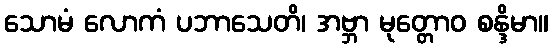
သောမံ လောကံ ပဘာသေတိ၊ အဗ္ဘာ မုတ္တောဝ စန္ဒိမာ။